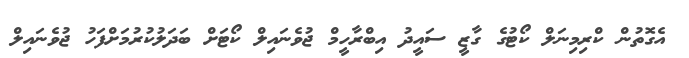
އެގޮތުން ކްރިމިނަލް ކޯޓުގެ ގާޒީ ސައީދު އިބްރާހީމް ޖުވެނައިލް ކޯޓަށް ބަދަލުކުރުމަށްފަހު ޖުވެނައިލް